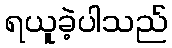
ရယူခဲ့ပါသည်